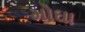
મોઘા